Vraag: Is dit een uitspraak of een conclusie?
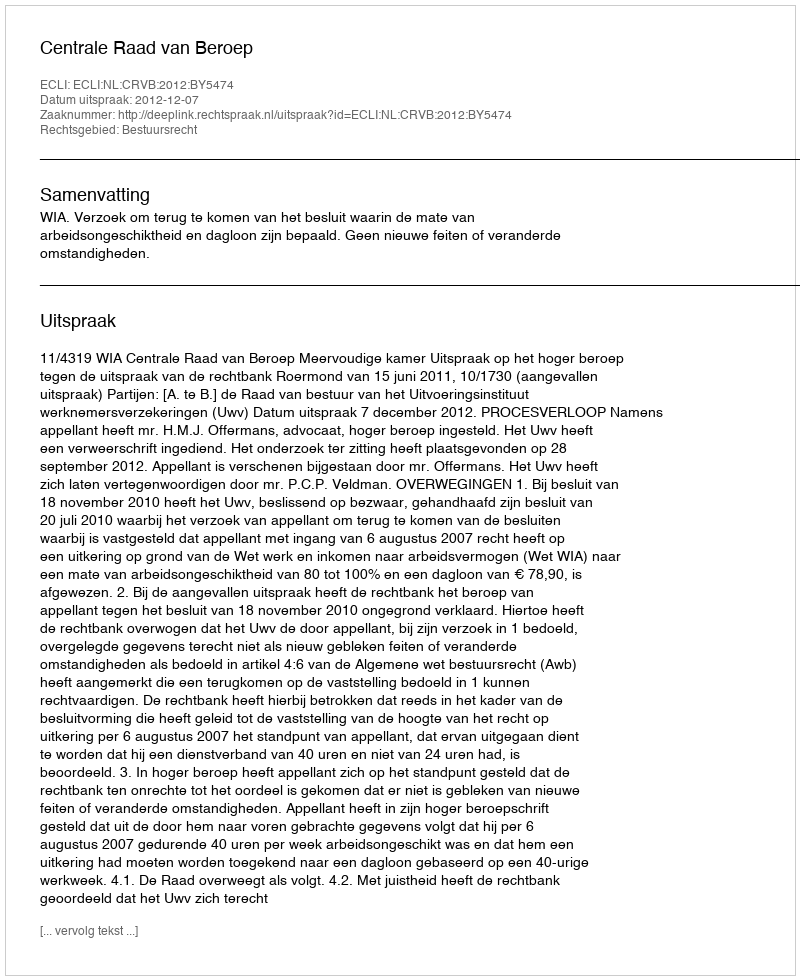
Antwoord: Uitspraak